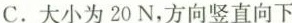
C.大小为20N，方向竖直向下